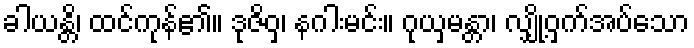
ခါယန္တိ၊ ထင်ကုန်၏။ ဒုဇိဝှ၊ နဂါးမင်း။ ဂုယှမန္တာ၊ လျှို့ဝှက်အပ်သော